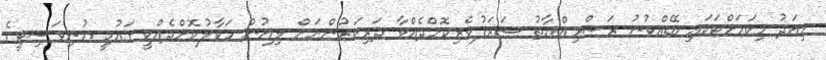
މިއަދު މިކަމަށްޓަކައި ބޭއްވުނު ރަސްމިއްޔާތު ޝަރަފުވެރިކޮށްދެއްވާ ދަރިވަރުންނަށް ލިޔުން ހަވާލުކޮށްދެއްވީ ގައުމީ ޔުނިވަސިޓީގެ